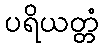
ပရိယတ္တံ